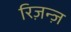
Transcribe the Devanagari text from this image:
रिज़न्ज़